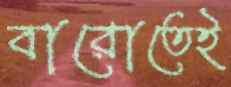
বারোতেই